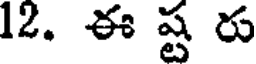
12. ఈ ష్ట రు